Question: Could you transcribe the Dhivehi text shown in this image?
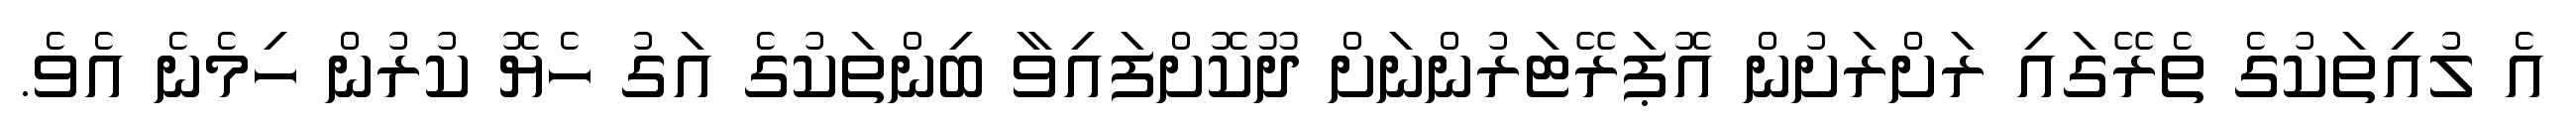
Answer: އެ ލުއިތަކުގެ ތެރޭގައި ރަށްރަށުން އޮޕަރޭޓަރުންނަށް ދޫކޮށްފައިވާ ބިންތަކުގެ އަގު ހެޔޮ ކުރުން ހިމެނެ އެވެ.